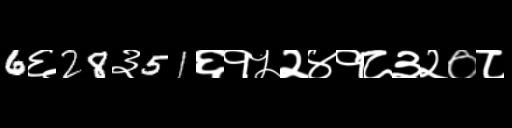
Text: 6६28३51६१५२४१८३२०८